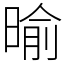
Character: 𣈥